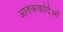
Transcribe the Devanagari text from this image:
आतंकवादिओं